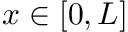
x \in [ 0 , L ]